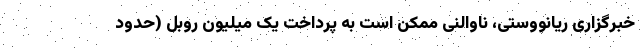
خبرگزاری ریانووستی، ناوالنی ممکن است به پرداخت یک میلیون روبل (حدود